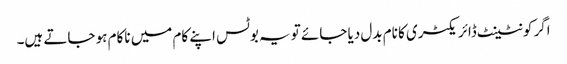
اگر کونٹینٹ ڈائریکٹری کا نام بدل دیا جائے تو یہ بوٹس اپنے کام میں ناکام ہو جاتے ہیں۔